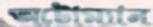
অটোম্যান